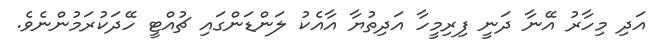
އަދި މިހާރު އޭނާ ދަނީ ފިރިމީހާ އަދިތުޔާ އާއެކު ލަންޑަންގައި ޗުއްޓީ ހޭދަކުރަމުންނެވެ.